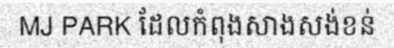
MJ PARK ដែលកំពុងសាងសង់ខន់